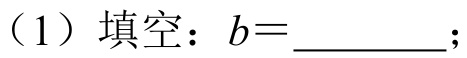
（1）填空：\(b = \_\_\_\_\_\_\)；